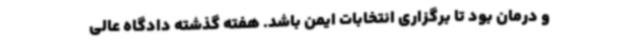
و درمان بود تا برگزاری انتخابات ایمن باشد. هفته گذشته دادگاه عالی